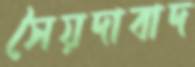
সৈয়দাবাদ